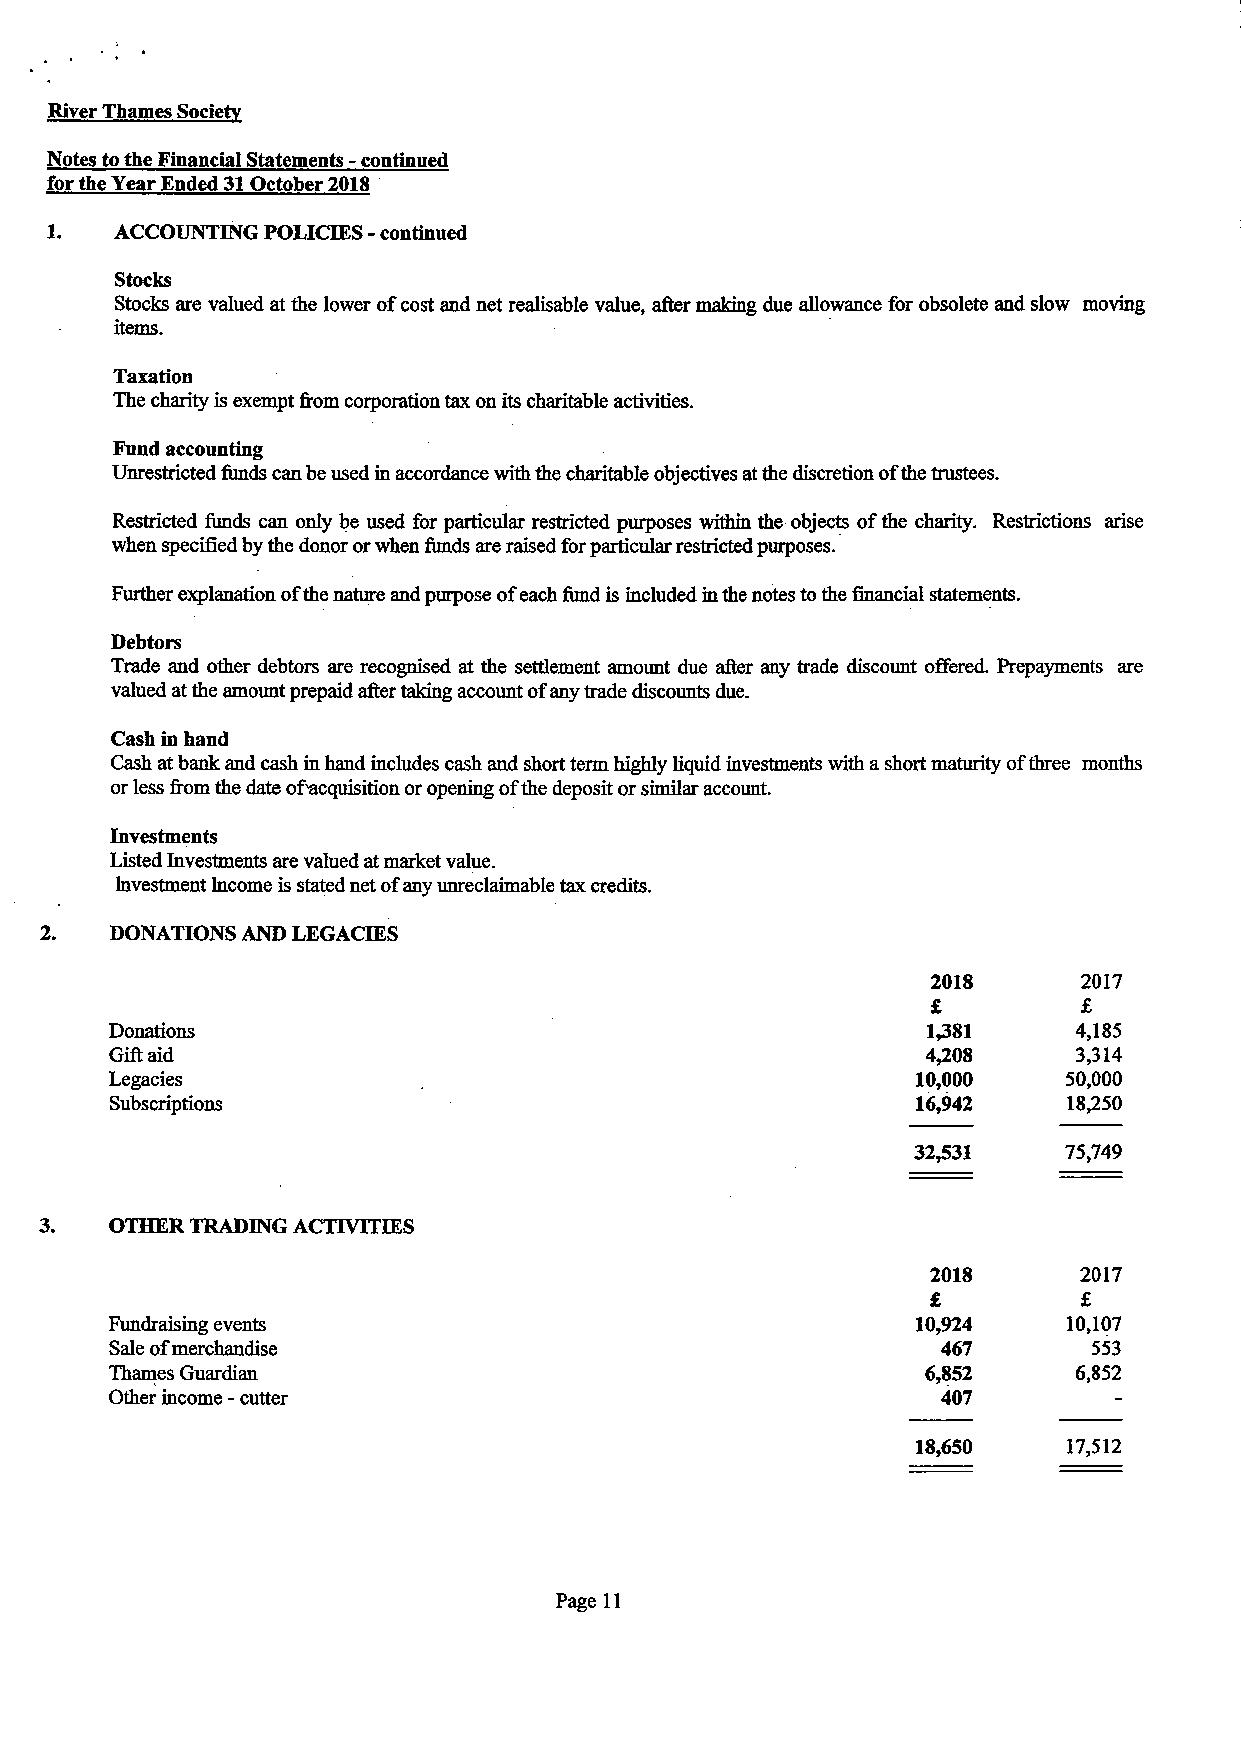
River Thames Society
 Notes to the Financial Statements - continued
 for the Year Ended 31 October 2018
 1.   ACCOUNTING POLICIES - continued
 Stocks
 Stocks are valued at the lower of cost and net realisable value, after making due allowance for obsolete and slow moving
 items.
 Taxation
 The charity is exempt from corporation tax on its charitable activities.
 Fund accounting
 Unrestricted funds can be used in accordance with the charitable objectives at the discretion of the trustees.
 Restricted funds can only be used for particular restricted purposes within the objects of the charity. Restrictions arise
 when specified by the donor or when funds are raised for particular restricted purposes.
 Further explanation of the nature and purpose of each fund is included in the notes to the financial statements.
 Debtors
 Trade and other debtors are recognised at the settlement amount due after any trade discount offered. Prepayments are
 valued at the amount prepaid after taking account of any trade discounts due.
 Cash in hand
 Cash at bank and cash in hand includes cash and short term highly liquid investments with a short maturity of three months
 or less from the date ofacquisition or opening of the deposit or similar account.
 Investments
 Listed Investments are valued at market value.
 Investment Income is stated net of any unreclaimable tax credits.
 2.  DONATIONS AND LEGACIES
 2018      2017
 £         £
 Donations                                             1,381     4,185
 Gift aid                                              4,208     3,314
 Legacies                                              10,000    50,000
 Subscriptions                                         16,942    18,250
 32,531    75,749
 3.  OTHER TRADING ACTIVITIES
 2018     2017
 £         £
 Fundraising events                                    10,924    10,107
 Sale of merchandise                                     467       553
 Thames Guardian                                       6,852     6,852
 Other income - cutter                                   407
 18,650    17,512
 Page 11